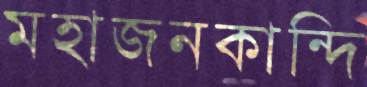
মহাজনকান্দি